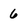
Character: 6